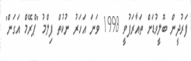
ފަރުދީން ބޮލީވުޑަށް ތައާރަފުވީ 1998 ވަނަ އަހަރު ނުކުތް ފިލްމު "ޕްރޭމް އަގަން"